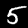
Digit: 5